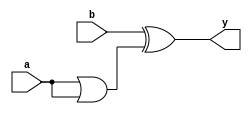
module issue_047(a, b, y);
  input signed [0:0] a;
  input signed [1:0] b;
  output [1:0] y;

  // For a='b1 and b='b11 this should output y='b00 (because a='b1 is
  // sign-extended to a='b11). But Yosys 0.7+205 (git sha1 7d2fb6e)
  // after optimizations outputs y='b10 instead.

  assign y = b ^ (a|a);
endmodule